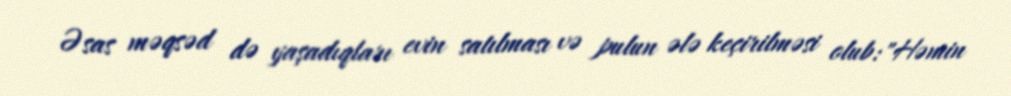
Əsas məqsəd də yaşadıqları evin satılması və pulun ələ keçirilməsi olub:"Həmin